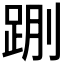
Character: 𰸌